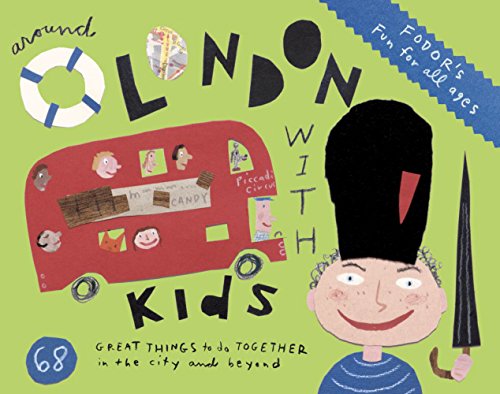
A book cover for Fodor's Around London with Kids (Travel Guide); Fodor's; Travel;